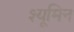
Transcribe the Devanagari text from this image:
श्यूमिन